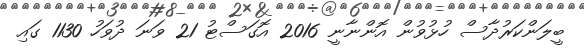
ބީލަންކަރުދާސް ހުޅުވުން އޮންނާނީ 2016 އޮގަސްޓު 21 ވަނަ ދުވަހު 1130 ގައި